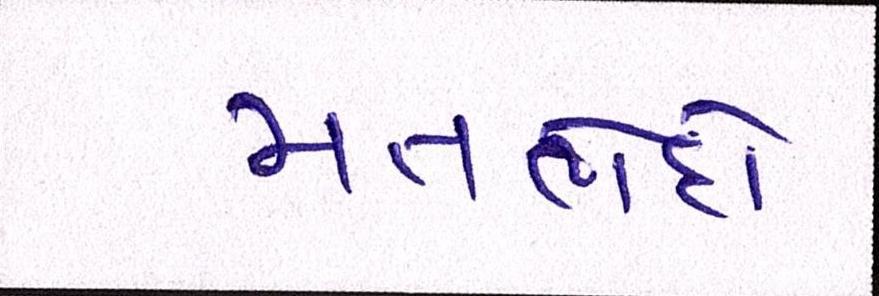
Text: મતભેદો